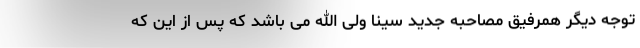
توجه دیگر همرفیق مصاحبه جدید سینا ولی الله می باشد که پس از این که